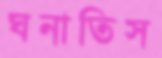
ঘনাতিস